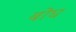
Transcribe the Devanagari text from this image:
बोघ